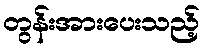
တွန်းအားပေးသည့်